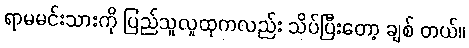
ရာမမင်းသားကို ပြည်သူလူထုကလည်း သိပ်ပြီးတော့ ချစ် တယ်။